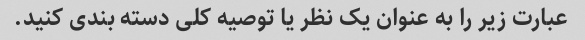
عبارت زیر را به عنوان یک نظر یا توصیه کلی دسته بندی کنید.